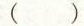
( )